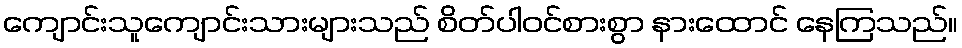
ကျောင်းသူကျောင်းသားများသည် စိတ်ပါဝင်စားစွာ နားထောင် နေကြသည်။